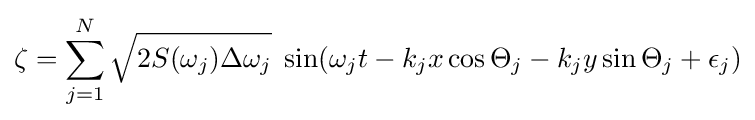
\zeta =\sum _{j=1}^{N}{\sqrt {2S(\omega _{j})\Delta \omega _{j}}}\;\sin(\omega _{j}t-k_{j}x\cos \Theta _{j}-k_{j}y\sin \Theta _{j}+\epsilon _{j})